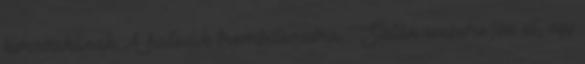
korszakának. A hatodik trombitaszóra Sátán embere jön el, egy